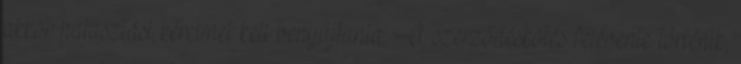
akkor halasztási kérelmet kell benyújtania. A szerződéskötés félévente történik,